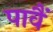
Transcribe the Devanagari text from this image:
पावैं